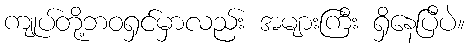
ကျုပ်တို့ဘဝရှင်မှာလည်း အများကြီး ရှိနေပြီပဲ။